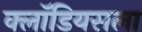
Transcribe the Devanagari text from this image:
क्लॉडियसला